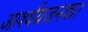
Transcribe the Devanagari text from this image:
आर्श्ययजनक।